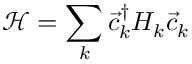
\mathcal { H } = \sum _ { k } \vec { c } _ { k } ^ { \dagger } H _ { k } \vec { c } _ { k }